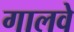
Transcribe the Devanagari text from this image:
गालवे